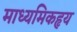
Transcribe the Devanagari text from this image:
माध्यमिकहृय